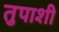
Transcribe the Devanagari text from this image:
तुपाशी